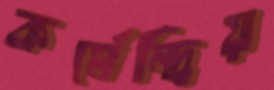
কর্মেন্দ্রিয়